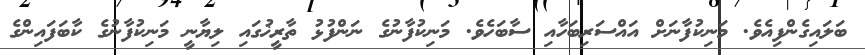
ބަލައިގެންފިއެވެ. މަނިކުފާނަށް އައްސަރިބަހާއި ސާބަހެވެ. މަނިކުފާނުގެ ނަންފުޅު ތާރީޚުގައި ލިޔާނީ މަނިކުފާނުގެ ކާބަފައިންގެ